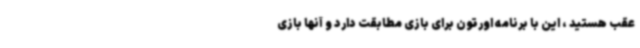
عقب هستید ، این با برنامه اورتون برای بازی مطابقت دارد و آنها بازی